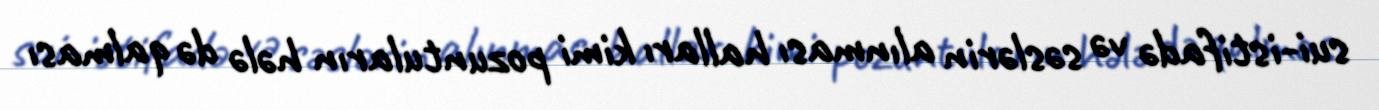
sui-istifadə və səslərin alınması halları kimi pozuntuların hələ də qalması